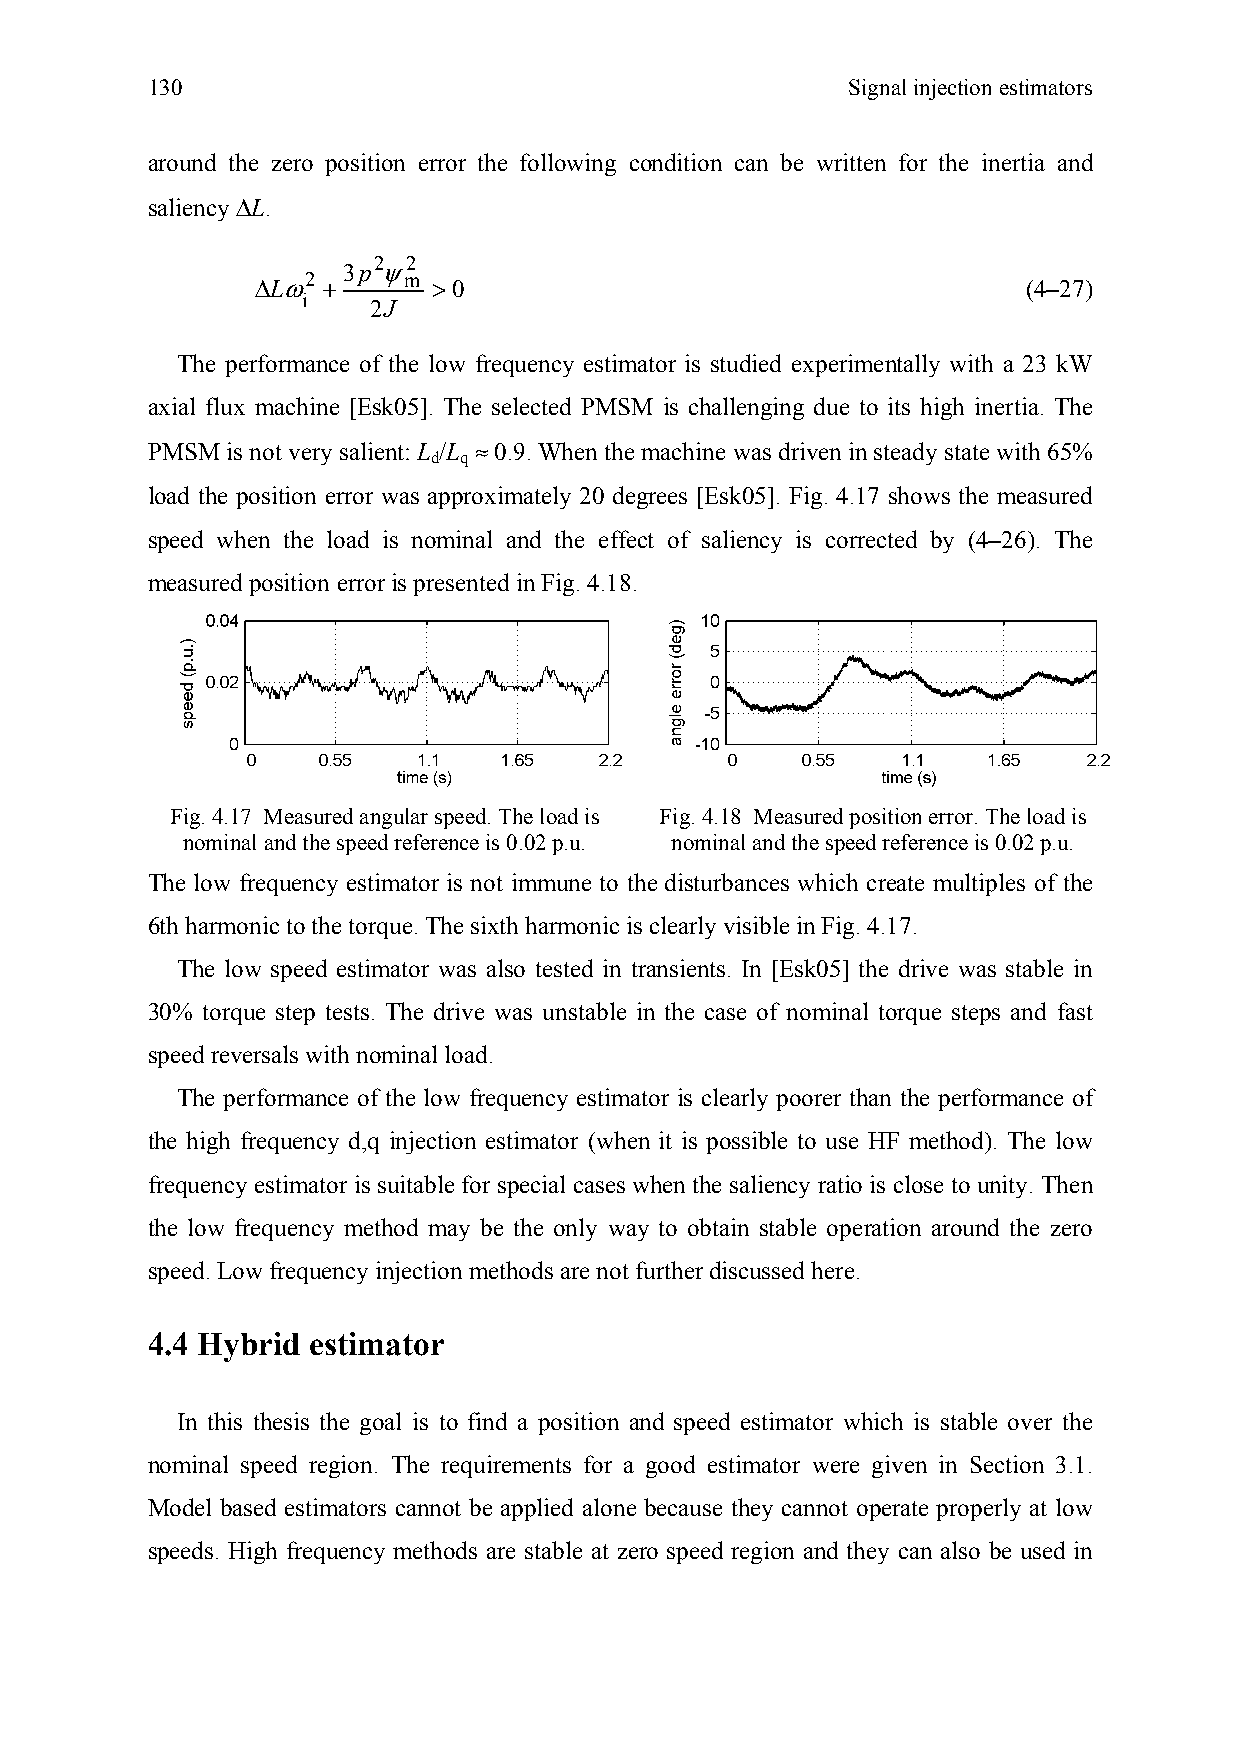
130                                           Signal injection estimators
 around the zero position error the following condition can be written for the inertia and
 saliency ∆L.
 3p2ψ2
 ∆Lω2 +    m >0                                     (4–27)
 i   2J
 The performance of the low frequency estimator is studied experimentally with a 23 kW
 axial flux machine [Esk05]. The selected PMSM is challenging due to its high inertia. The
 PMSM is not very salient: L /L ≈ 0.9. When the machine was driven in steady state with 65%
 d q
 load the position error was approximately 20 degrees [Esk05]. Fig. 4.17 shows the measured
 speed when the load is nominal and the effect of saliency is corrected by (4–26). The
 measured position error is presented in Fig. 4.18.
 Fig. 4.17 Measured angular speed. The load is Fig. 4.18 Measured position error. The load is
 nominal and the speed reference is 0.02 p.u. nominal and the speed reference is 0.02 p.u.
 The low frequency estimator is not immune to the disturbances which create multiples of the
 6th harmonic to the torque. The sixth harmonic is clearly visible in Fig. 4.17.
 The low speed estimator was also tested in transients. In [Esk05] the drive was stable in
 30% torque step tests. The drive was unstable in the case of nominal torque steps and fast
 speed reversals with nominal load.
 The performance of the low frequency estimator is clearly poorer than the performance of
 the high frequency d,q injection estimator (when it is possible to use HF method). The low
 frequency estimator is suitable for special cases when the saliency ratio is close to unity. Then
 the low frequency method may be the only way to obtain stable operation around the zero
 speed. Low frequency injection methods are not further discussed here.
 4.4 Hybrid estimator
 In this thesis the goal is to find a position and speed estimator which is stable over the
 nominal speed region. The requirements for a good estimator were given in Section 3.1.
 Model based estimators cannot be applied alone because they cannot operate properly at low
 speeds. High frequency methods are stable at zero speed region and they can also be used in